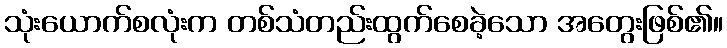
သုံးယောက်စလုံးက တစ်သံတည်းထွက်စေခဲ့သော အတွေးဖြစ်၏။